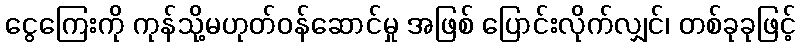
ငွေကြေးကို ကုန်သို့မဟုတ်ဝန်ဆောင်မှု အဖြစ် ပြောင်းလိုက်လျှင်၊ တစ်ခုခုဖြင့်